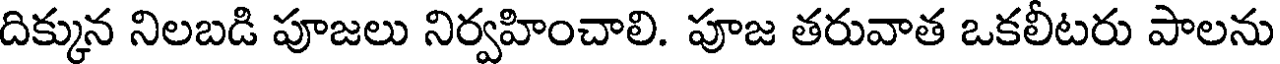
దిక్కున నిలబడి పూజలు నిర్వహించాలి. పూజ తరువాత ఒకలీటరు పాలను